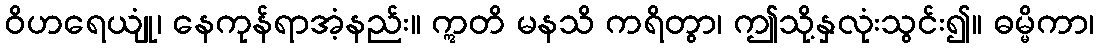
ဝိဟရေယျုံ၊ နေကုန်ရာအံ့နည်း။ ဣတိ မနသိ ကရိတွာ၊ ဤသို့နှလုံးသွင်း၍။ ဓမ္မိကာ၊